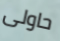
حاولى